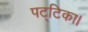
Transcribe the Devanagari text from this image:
पट्टिका।